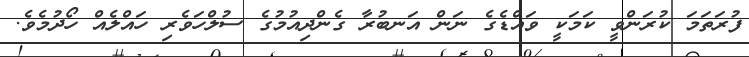
ފުރަތަމަ ކުރަންވީ ކަމަކީ ވައްޑެގެ ނަން އަނބުރާ ގެންދިއުމުގެ ސުލްހަވެރި ހައްލެއް ހޯދުމެވެ.